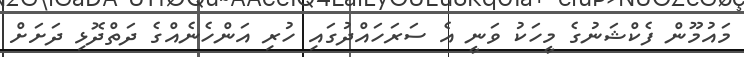
މައުމޫން ފެކްޝަނުގެ މީހަކު ވަނީ އެ ސަރަހައްދުގައި ހުރި އަންހެނެއްގެ ދަތްދޮޅި ދަށަށް